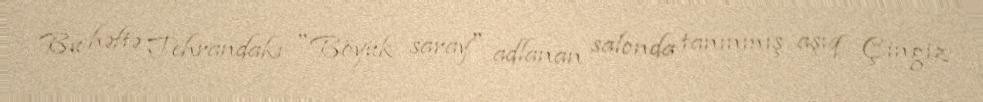
Bu həftə Tehrandakı "Böyük saray" adlanan salonda tanınmış aşıq Çingiz